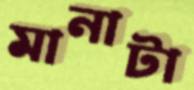
মানাটা